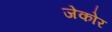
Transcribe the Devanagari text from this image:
जेकोर